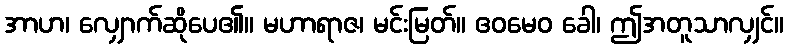
အာဟ၊ လျှောက်ဆိုပေ၏။ မဟာရာဇ၊ မင်းမြတ်။ ဧဝမေဝ ခေါ၊ ဤအတူသာလျှင်။